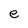
Character: e